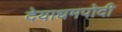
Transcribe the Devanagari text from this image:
देयाधमपोदी